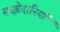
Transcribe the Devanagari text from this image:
साझेदारियाँ